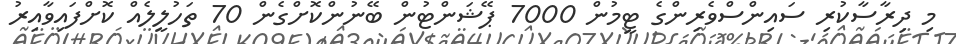
މި ދިރާސާކުރި ސައިންސްވެރިންގެ ޓީމުން 7000 ޕޭޝަންޓުން ބޭނުންކޮށްގެން 70 ތަހުލީލެއް ކޮށްފައިވާއިރު